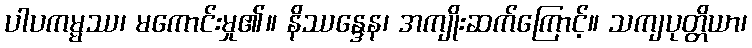
ပါပကမ္မဿ၊ မကောင်းမှု၏။ နိဿန္ဒေန၊ အကျိုးဆက်ကြောင့်။ သကျပုတ္တိယာ၊